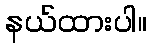
နယ်ထားပါ။